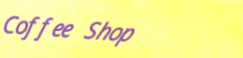
Coffee Shop